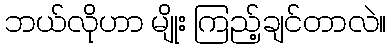
ဘယ်လိုဟာ မျိုး ကြည့်ချင်တာလဲ။